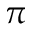
\pi